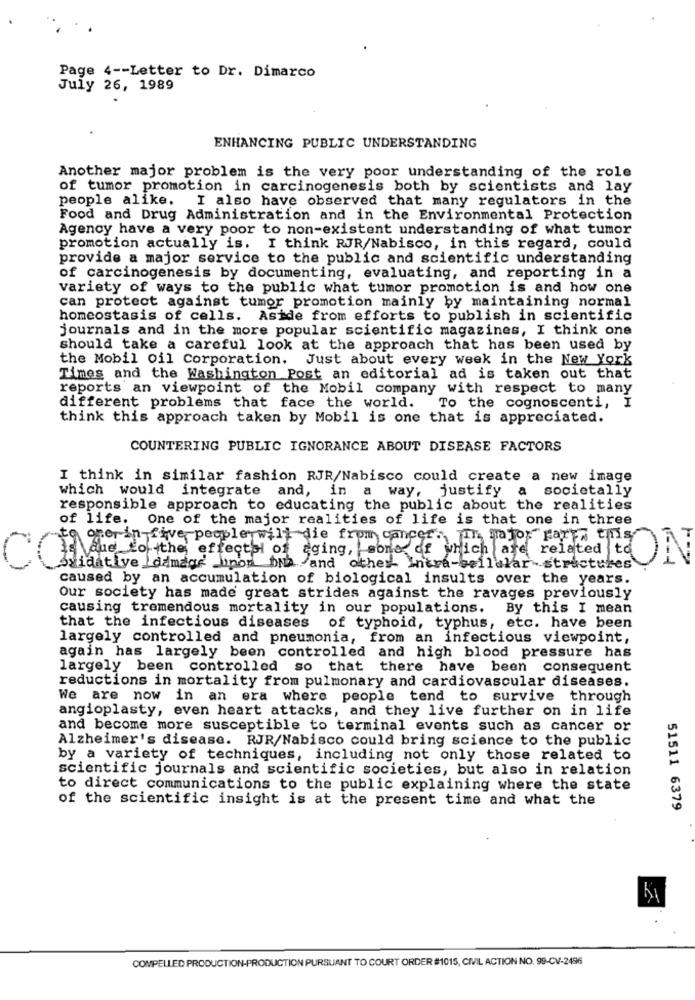
Page 4 -- Letter to Dr. Dimarco
July 26, 1989
ENHANCING PUBLIC UNDERSTANDING
Another major problem is the very poor understanding of the role
of tumor promotion in carcinogenesis both by scientists and lay
people alike. I also have observed that many regulators in the
Food and Drug Administration and in the Environmental Protection
Agency have a very poor to non-existent understanding of what tumor
promotion actually is. I think RJR/Nabisco, in this regard, could
provide a major service to the public and scientific understanding
of carcinogenesis by documenting, evaluating, and reporting in a
variety of ways to the public what tumor promotion is and how one
can protect against tumor promotion mainly by maintaining normal
homeostasis of cells. Aside from efforts to publish in scientific
journals and in the more popular scientific magazines, I think one
should take a careful look at the approach that has been used by
the Mobil oil Corporation. Just about every week in the New York
Times and the Washington Post an editorial ad is taken out that
reports an viewpoint of the Mobil company with respect to many
different problems that face the world. To the cognoscenti, I
think this approach taken by Mobil is one that is appreciated.
COUNTERING PUBLIC IGNORANCE ABOUT DISEASE FACTORS
I think in similar fashion RJR/Nabisco could create a new image
which would integrate and, in a way, justify
a
societally
responsible approach to educating the public about the realities
of life.
One of the major realities of life is that one in three
oper in five people will die from cancer ., ph nator Farla this
(Me to the effectal of aging, sone of which are related to
Saidative Laimage non bin and other Intra-bellalar-structures
caused by an accumulation of biological insults over the years.
Our society has made great strides against the ravages previously
causing tremendous mortality in our populations. By this I mean
that the infectious diseases
of typhoid, typhus, etc. have been
largely controlled and pneumonia, from an infectious viewpoint,
again has largely been controlled and high blood pressure has
largely been controlled so that there have been consequent
reductions in mortality from pulmonary and cardiovascular diseases.
We are now in an era where people tend to survive through
angioplasty, even heart attacks, and they live further on in life
and become more susceptible to terminal events such as cancer or
Alzheimer's disease. RJR/Nabisco could bring science to the public
by a variety of techniques, including not only those related to
scientific journals and scientific societies, but also in relation
to direct communications to the public explaining where the state
of the scientific insight is at the present time and what the
51511 6379
COMPELLED PRODUCTION-PRODUCTION PURSUANT TO COURT ORDER #1015, CIVIL ACTION NO. 99-CV-2496